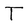
Character: T